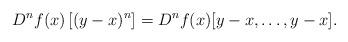
LaTeX: \begin{align*}D^nf(x)\left[(y - x)^n\right] = D^nf(x)[y - x,\ldots, y- x].\end{align*}